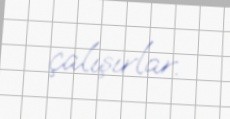
çalışırlar.